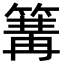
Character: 篝